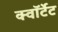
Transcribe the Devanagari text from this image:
क्वॉर्टेट